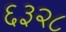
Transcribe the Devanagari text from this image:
६३२८